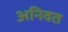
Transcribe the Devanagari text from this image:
अनिवत